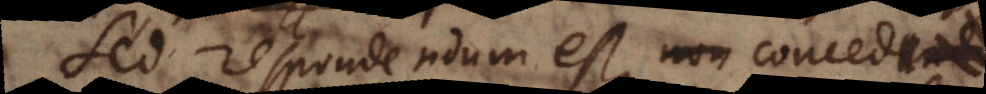
Sed respondendum est, non concedendo